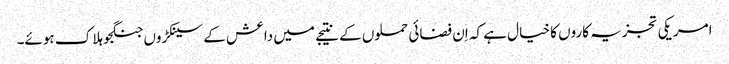
امریکی تجزیہ کاروں کا خیال ہے کہ اِن فضائی حملوں کے نتیجے میں داعش کے سینکڑوں جنگجو ہلاک ہوئے۔